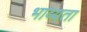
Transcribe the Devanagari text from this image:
भाव्‍यता